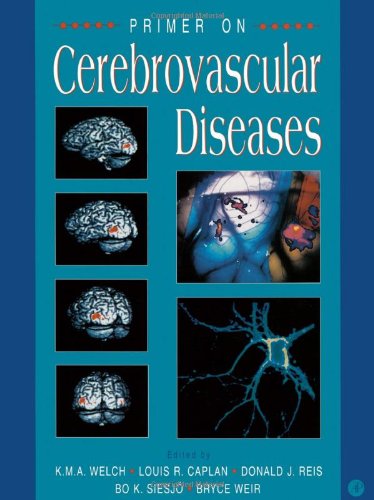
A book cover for Primer on Cerebrovascular Diseases; Health, Fitness & Dieting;